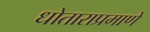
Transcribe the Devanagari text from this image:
धोताराप्रमाणे